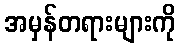
အမှန်တရားများကို